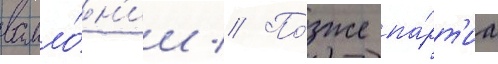
валло́н'ии // По́зже па́рт'иа